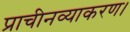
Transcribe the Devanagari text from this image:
प्राचीनव्याकरण।